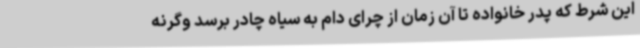
این شرط که پدر خانواده تا آن زمان از چرای دام به سیاه چادر برسد وگرنه